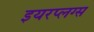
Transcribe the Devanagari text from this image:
इयरप्लग्स